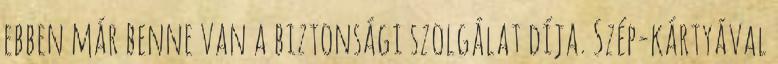
ebben már benne van a biztonsági szolgálat díja. Szép-kártyával